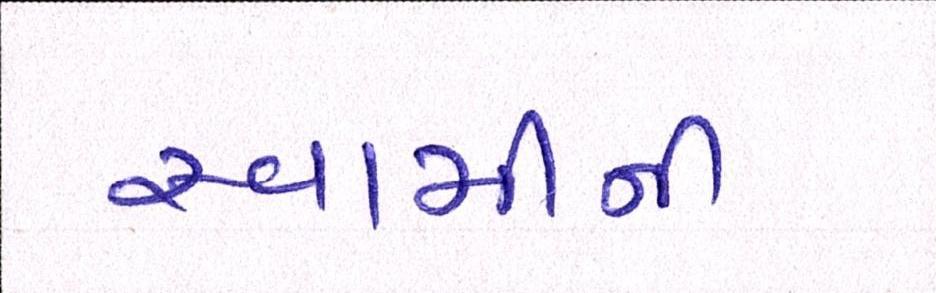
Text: સ્વામીની